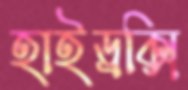
হাইড্রক্সি